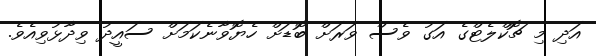
އަދި މި ޗޮކްލެޓްގެ އަގު ވެސް ވަރަށް ބޮޑަށް ހެޔޮވާނެކަމަށް ސައީދު ވިދާޅުވިއެވެ.